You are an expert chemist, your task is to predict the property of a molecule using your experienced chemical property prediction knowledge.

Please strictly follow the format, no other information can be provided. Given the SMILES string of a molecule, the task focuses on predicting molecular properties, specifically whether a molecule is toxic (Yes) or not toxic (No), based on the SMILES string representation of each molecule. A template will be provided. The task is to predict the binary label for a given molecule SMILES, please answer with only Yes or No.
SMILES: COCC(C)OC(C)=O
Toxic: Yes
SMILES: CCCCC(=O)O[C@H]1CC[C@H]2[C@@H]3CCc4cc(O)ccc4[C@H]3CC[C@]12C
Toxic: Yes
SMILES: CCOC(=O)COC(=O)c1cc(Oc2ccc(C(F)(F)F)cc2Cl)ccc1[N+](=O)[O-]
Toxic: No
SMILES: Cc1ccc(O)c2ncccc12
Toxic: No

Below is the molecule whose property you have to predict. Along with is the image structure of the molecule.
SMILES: CCCCCCCCCCl
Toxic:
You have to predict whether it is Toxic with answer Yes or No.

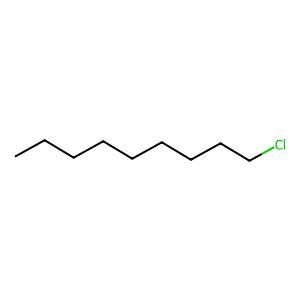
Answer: No